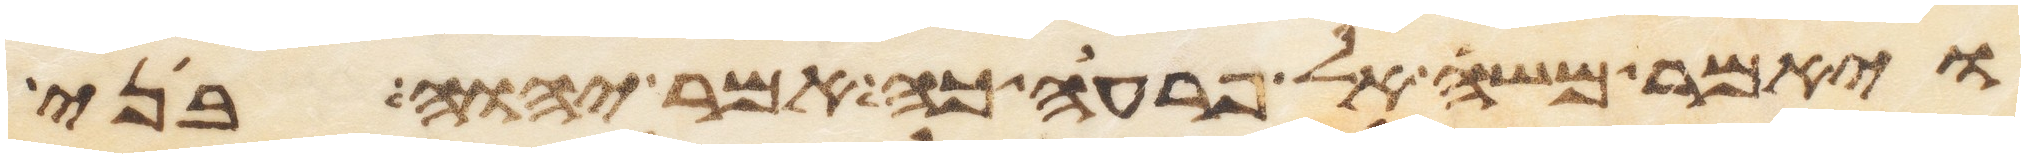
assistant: ויאמר משה אל פרעה כה אמר יהוה בני